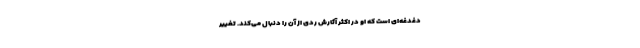
دغدغه‌ای است که او در اکثر آثارش ردی از آن را دنبال می‌کند. تغییر